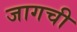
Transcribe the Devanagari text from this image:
जागची